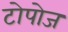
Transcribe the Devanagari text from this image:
टोपोज